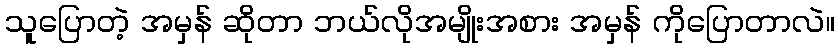
သူပြောတဲ့ အမှန် ဆိုတာ ဘယ်လိုအမျိုးအစား အမှန် ကိုပြောတာလဲ။